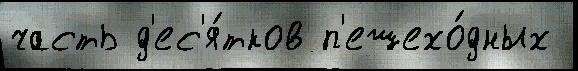
часть д'ес'я́тков п'ешехо́дных